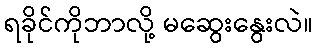
ရခိုင်ကိုဘာလို့ မဆွေးနွေးလဲ။